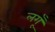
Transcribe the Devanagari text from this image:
लगूँ